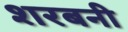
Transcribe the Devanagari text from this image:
शरबनी